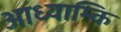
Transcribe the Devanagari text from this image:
आध्याम्कि